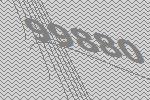
99880